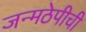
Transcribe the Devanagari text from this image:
जन्मठेपीची